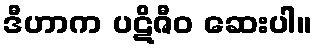
ဒီဟာက ပဋိဇီဝ ဆေးပါ။